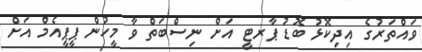
ވައްތަރުގެ އިދިކޮޅު ބޮޑު ޕާރޓީ އަށް ނިސްބަތް ވާ މީހުން ޕީޕީއެމް އަށް